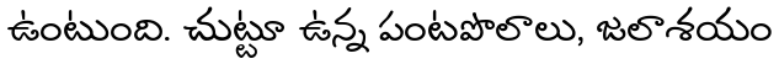
ఉంటుంది. చుట్టూ ఉన్న పంటపొలాలు, జలాశయం